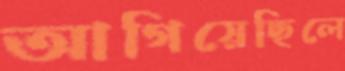
আগিয়েছিলে